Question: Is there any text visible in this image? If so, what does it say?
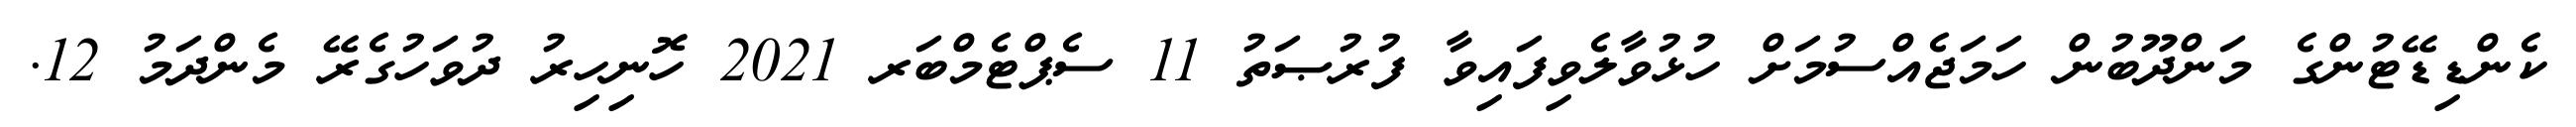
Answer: ކެންޑިޑޭޓުންގެ މަންދޫބުން ހަމަޖެއްސުމަށް ހުޅުވާލެވިފައިވާ ފުރުޞަތު 11 ސެޕްޓެމްބަރ 2021 ހޮނިހިރު ދުވަހުގެރޭ މެންދަމު 12.